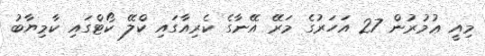
މިއީ ޢުމުރުން 27 އަހަރުގެ މަރޭ އޭނާގެ ކެރިއާގައި ކްލޭ ކޯޓްގައި ކާމިޔާބު